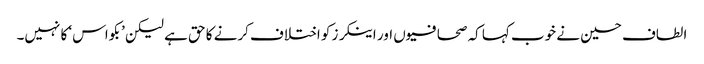
الطاف حسین نے خوب کہا کہ صحافیوں اور اینکرز کو اختلاف کرنے کا حق ہے لیکن ’بکواس‘ کا نہیں۔